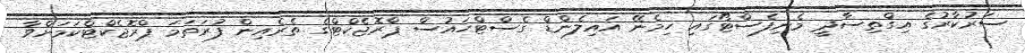
ސަރުކާރުގެ އިގްތިސާދީ މެނިފެސްޓޯގައި ހިމެނޭ އައިލެންޑް ގެސްޓްހައުސް ޕްރޮޖެކްޓްގެ ތެރެއިން ފުރަތަމަ ޕްރޮޖެކްޓްކަމަށްވާ